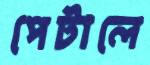
পেটালে